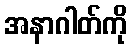
အနာဂါတ်ကို